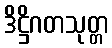
ဒိဋ္ဌိဂတသုတ္တ